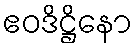
ဧဝဒိဋ္ဌိနော